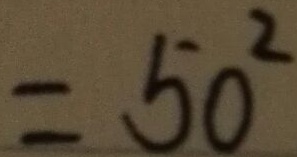
= 5 0 ^ { 2 }